Medical and sanitary report of the native army of Bengal for the year
Year: 1874
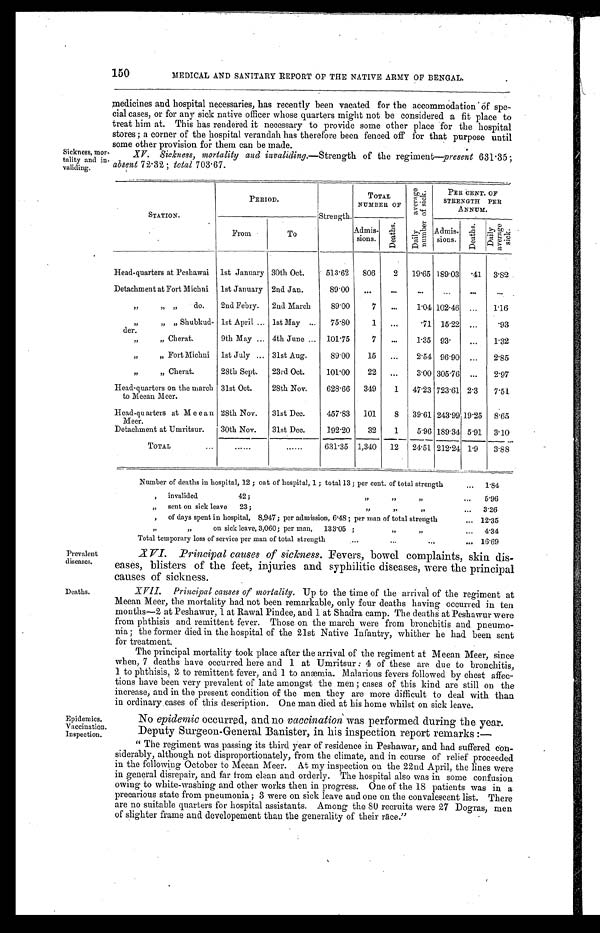
150
MEDICAL AND SANITARY REPORT OF THE NATIVE ARMY OF BENGAL.
medicines and hospital necessaries, has recently been vacated for the accommodation of spe
- c i a l c a s e s , o r f o r a n y s i c k n a t i v e o f f i c e r w h o s e q u a r t e r s m i g h t n o t b e c o n s i d e r e d a f i t p l a c e t o
treat him at. This has rendered it necessary to provide some other place for the hospital
stores; a corner of the hospital verandah has therefore been fenced off for that purpose until
some other provision for them can be made.
Sickness, mor-
XV. Sickness, mortality and invaliding.— Strength of the regiment—present 631 . 35;
absent 72. 32; total 703.67.
STATION.
PERIOD.
Strength.
TOTAL
NUMBER OF
D a i l y a v e r a g e n u m b e r o f s i c k .
PER CENT. OF
STRENGTH PER
ANNUM.
From
To
Admis-
D e a t h s .
i
sions.
.
Admis-
sions. Deat hs .
D a i l y A v e r a g e S i c k .
Head-quarters at Peshawai 1st January 30th Oct. 513.62 806 2 19.65 189.03 .41 3.82
Detachment at Fort Michni 1st January 2nd Jan.
89.00
„ „ „ d o .
2nd Febry. 2nd March
89.00
7
1.04 102.46
1.16
„ „ „
S h u b k u d -
1st April 1st May
75.80
1
.71 15.22
.93
der.
„ „
C h e r a t .
9th May 4th June
101.75
7
1.35 93.
1.32
„ „
F o r t M i c h n i
1st July
31st Aug.
89.00 15
2.54 96.90
2.85
„ „
C h e r a t .
28th Sept. 23rd Oct.
101.00 22
3.00 305.76
2.97
Head-quarters on the march
to Meean Meer.
31st Oct.
28th Nov. 628.66 349 1 47.23 723.61 2. 3
7.51
Head-quarters at Meean
Meer.
28th Nov. 31st Dec.
457.83 101 8 39.61 243.99 19.25 8.65
Detachment at Umritsur. 30th Nov. 31st Dec.
192.20 32 1 5.96 189.34 5.91 3.10
TOTAL
631.35 1,340 12 24.51 212.24 1. 9
3.88
Number of deaths in hospital, 12; oat of hospital, 1; total 13; per cent. of total strength
1 . 8 4
invalided 42;„ „ „ 5 . 9 6
sent on sick leave 23; „
„ „
3 . 2 6
„ of days spent in hospital, 8,947; per admission, 6.48; per man of total strength 1 2 . 3 5
„ „
on sick leave, 3,060; per man, 133.05; „ „ 4.34
Total temporary loss of service per man of total strength
1 6 . 6 9
Prevalent
diseases.
Deaths,
Epidemics.
Vaccination.
Inspection.
XV/. Principal causes of sickness. Fevers, bowel complaints, skin dis
- e a s e s , b l i s t e r s o f t h e f e e t , i n j u r i e s a n d s y p h i l i t i c d i s e a s e s , w e r e t h e p r i n c i p a l
causes of sickness.
XVII. Principal causes of mortality. Up to the time of' the arrival of the regiment at
Meean Meer, the mortality had not been remarkable, only four deaths having occurred in ten
months—2 at Peshawur, 1 at Rawal Pindee, and 1 at Shadra camp. The death at Peshawur were
from phthisis and remittent fever. Those. on the march were from bronchitis and pneumo
- n i a ; t h e f o r m e r d i e d i n t h e h o s p i t a l o f t h e 2 1 s t N a t i v e I n f a n t r y , w h i t h e r h e h a d b e e n s e n t
for treatment.
The principal mortality took place after the arrival of the regiment at Meean Meer, since
when, 7 deaths have occurred here and 1 at Umritsur: 4 of these are due to bronchitis,
1 to phthisis, 2 to remittent fever, and 1 to anæmia. Malarious fevers followed by chest affec
- t i o n s h a v e b e e n v e r y p r e v a l e n t o f l a t e a m o n g s t t h e m e n ; c a s e s o f t h i s k i n d a r e s t i l l o n t h e
increase, and in the present condition of the men they are more difficult to deal with than
in ordinary cases of this description. One man died at his home whilst on sick leave.
No epidemic occurred, and no vaccination was performed during the year.
Deputy Surgeon-General Banister, in his inspection report remarks:
—
"The regiment was passing its third year of residence in Peshawar, and had suffered con
-siderably, although not disproportionately, from the climate, and in course of relief proceeded
in the following October to Meean Meer. At my inspection on the 22nd April, the lines were
in general disrepair, and far from clean and orderly. The hospital also was in some confusion
owing to white-washing and other works then in progress. One of the 18 patients was in a
precarious state from pneumonia; 3 were on sick leave and one on the convalescent list. There
are no suitable quarters for hospital assistants. Among the 80 recruits were 27 Dogras, men
of slighter frame and developement than the generality of their race."